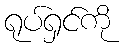
ရုပ်ရှင်ကို